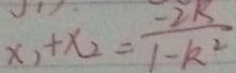
x _ { 1 } + x _ { 2 } = \frac { - 2 k } { 1 - k ^ { 2 } }